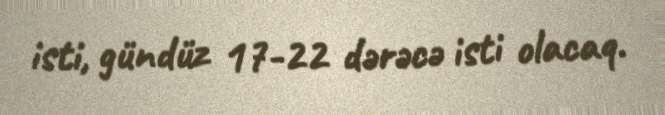
isti, gündüz 17-22 dərəcə isti olacaq.